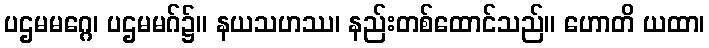
ပဌမမဂ္ဂေ၊ ပဌမမဂ်၌။ နယသဟဿ၊ နည်းတစ်ထောင်သည်။ ဟောတိ ယထာ၊